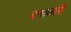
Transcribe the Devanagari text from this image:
बन्धकारी